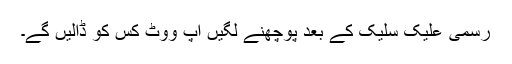
رسمی علیک سلیک کے بعد پوچھنے لگیں آپ ووٹ کس کو ڈالیں گے۔